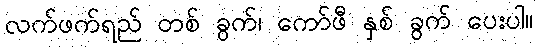
လက်ဖက်ရည် တစ် ခွက်၊ ကော်ဖီ နှစ် ခွက် ပေးပါ။